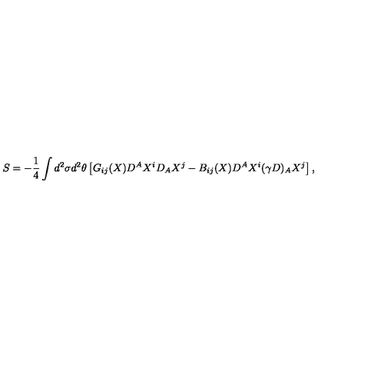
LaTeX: S = - \frac { 1 } { 4 } \int d ^ { 2 } \sigma d ^ { 2 } \theta \left[ G _ { i j } ( X ) D ^ { A } X ^ { i } D _ { A } X ^ { j } - B _ { i j } ( X ) D ^ { A } X ^ { i } ( \gamma D ) _ { A } X ^ { j } \right] ,